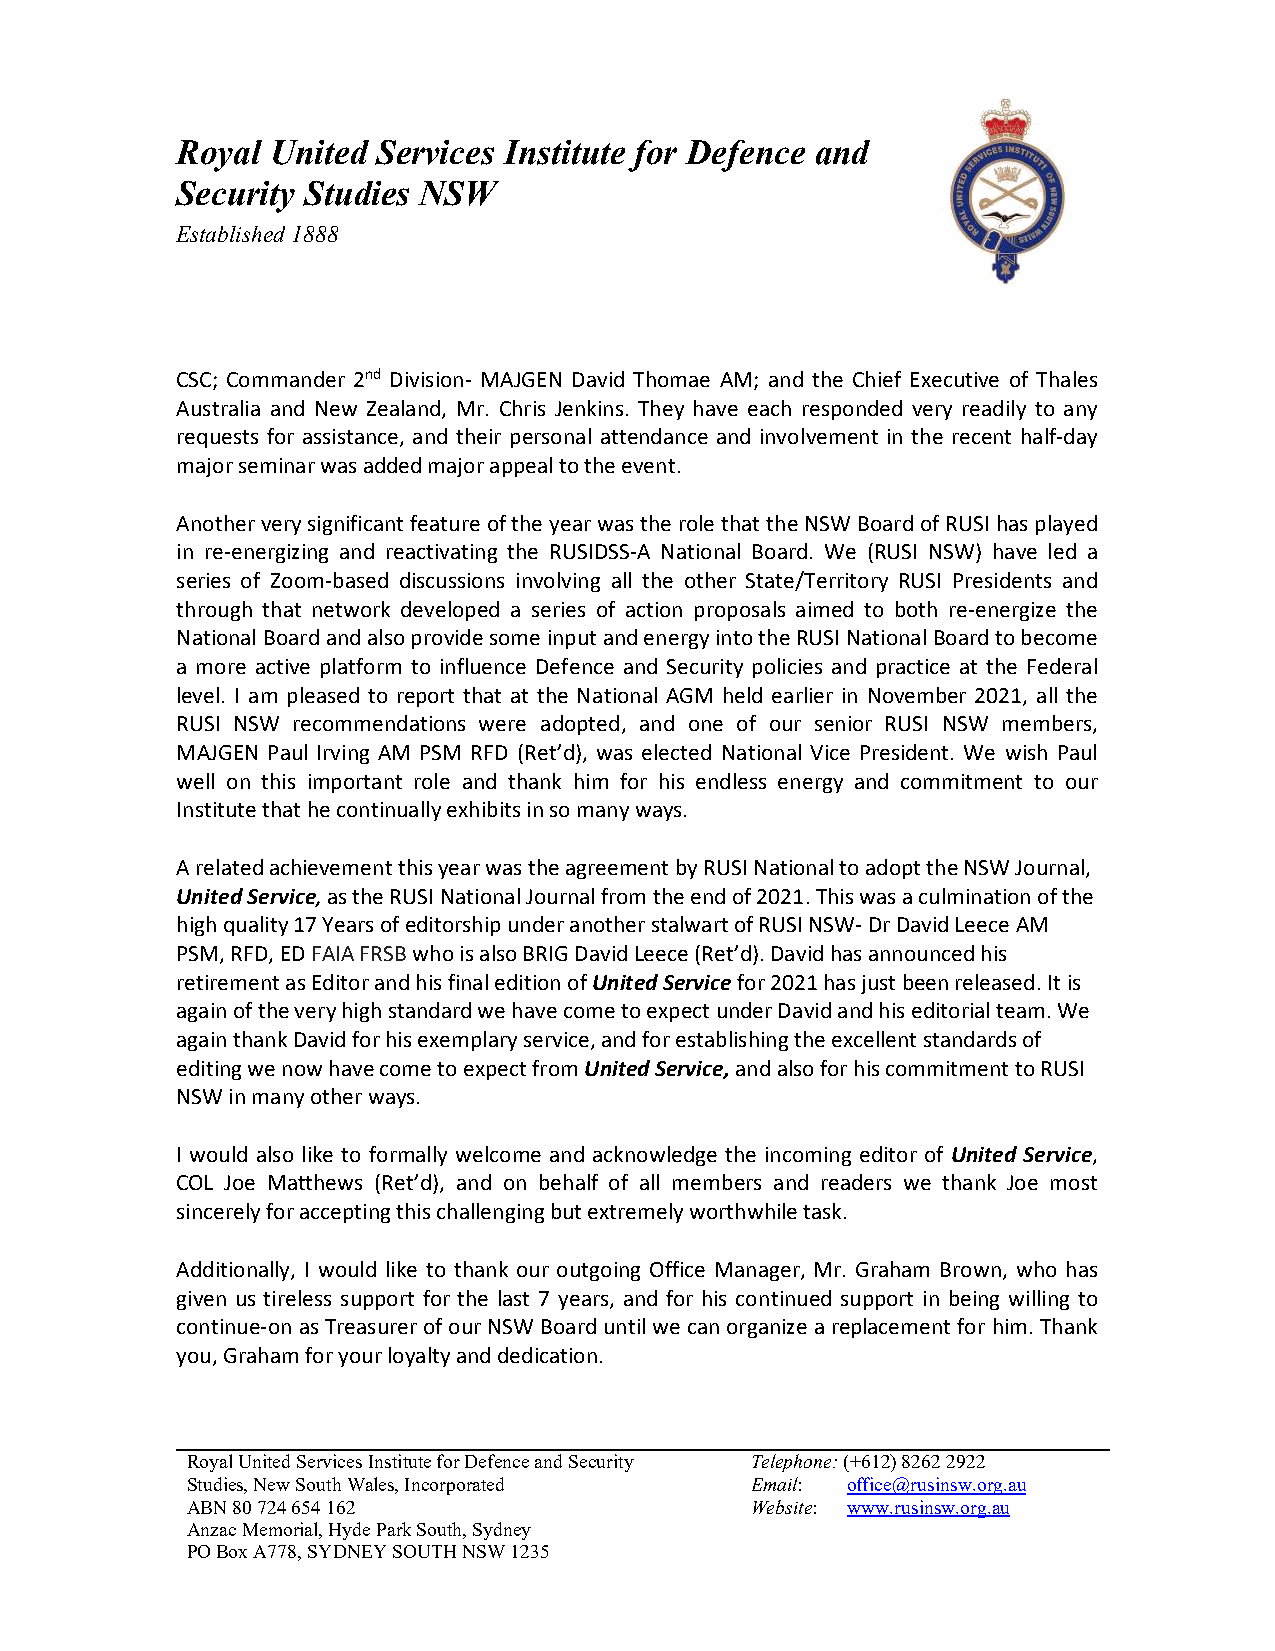
Royal United Services Institute for Defence and
 Security Studies NSW
 Established 1888
 CSC; Commander 2nd Division- MAJGEN David Thomae AM; and the Chief Executive of Thales
 Australia and New Zealand, Mr. Chris Jenkins. They have each responded very readily to any
 requests for assistance, and their personal attendance and involvement in the recent half-day
 major seminar was added major appeal to the event.
 Another very significant feature of the year was the role that the NSW Board of RUSI has played
 in re-energizing and reactivating the RUSIDSS-A National Board. We (RUSI NSW) have led a
 series of Zoom-based discussions involving all the other State/Territory RUSI Presidents and
 through that network developed a series of action proposals aimed to both re-energize the
 National Board and also provide some input and energy into the RUSI National Board to become
 a more active platform to influence Defence and Security policies and practice at the Federal
 level. I am pleased to report that at the National AGM held earlier in November 2021, all the
 RUSI NSW recommendations were adopted, and one of our senior RUSI NSW members,
 MAJGEN Paul Irving AM PSM RFD (Ret’d), was elected National Vice President. We wish Paul
 well on this important role and thank him for his endless energy and commitment to our
 Institute that he continually exhibits in so many ways.
 A related achievement this year was the agreement by RUSI National to adopt the NSW Journal,
 United Service, as the RUSI National Journal from the end of 2021. This was a culmination of the
 high quality 17 Years of editorship under another stalwart of RUSI NSW- Dr David Leece AM
 PSM, RFD, ED FAIA FRSB who is also BRIG David Leece (Ret’d). David has announced his
 retirement as Editor and his final edition of United Service for 2021 has just been released. It is
 again of the very high standard we have come to expect under David and his editorial team. We
 again thank David for his exemplary service, and for establishing the excellent standards of
 editing we now have come to expect from United Service, and also for his commitment to RUSI
 NSW in many other ways.
 I would also like to formally welcome and acknowledge the incoming editor of United Service,
 COL Joe Matthews (Ret’d), and on behalf of all members and readers we thank Joe most
 sincerely for accepting this challenging but extremely worthwhile task.
 Additionally, I would like to thank our outgoing Office Manager, Mr. Graham Brown, who has
 given us tireless support for the last 7 years, and for his continued support in being willing to
 continue-on as Treasurer of our NSW Board until we can organize a replacement for him. Thank
 you, Graham for your loyalty and dedication.
 Royal United Services Institute for Defence and Security Telephone: (+612) 8262 2922
 Studies, New South Wales, Incorporated Email: office@rusinsw.org.au
 ABN 80 724 654 162                    Website: www.rusinsw.org.au
 Anzac Memorial, Hyde Park South, Sydney
 PO Box A778, SYDNEY SOUTH NSW 1235